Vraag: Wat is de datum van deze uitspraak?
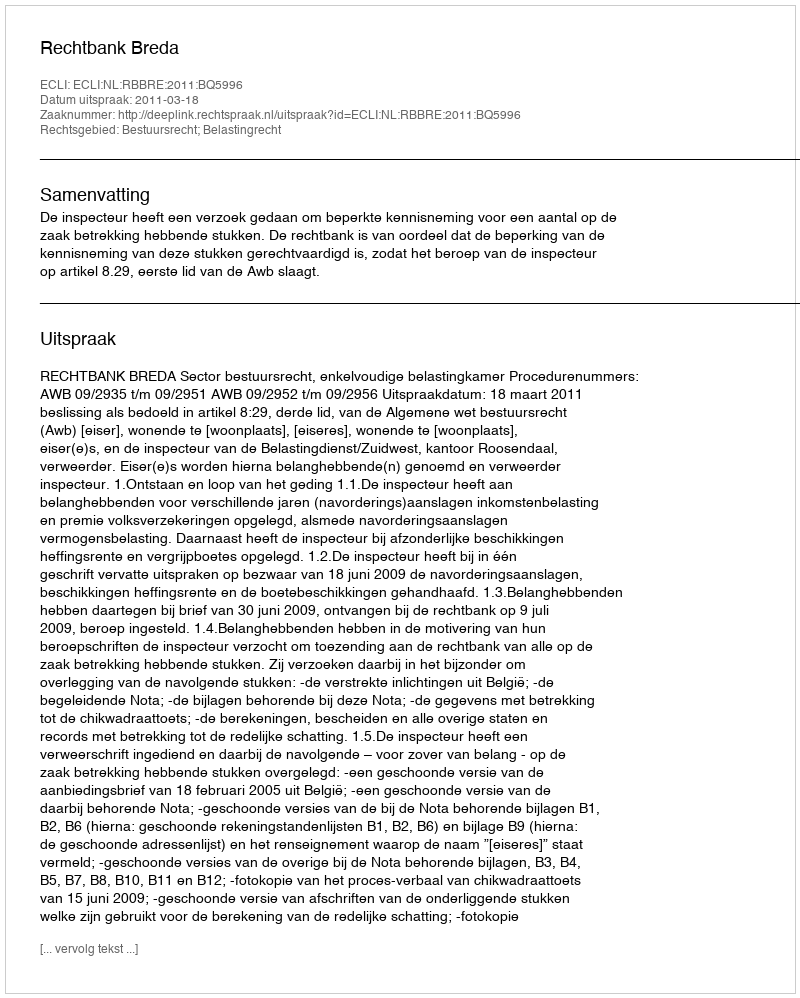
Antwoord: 2011-03-18